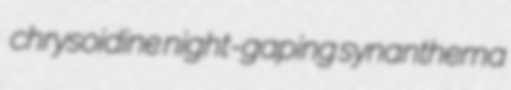
chrysoidine night-gaping synanthema